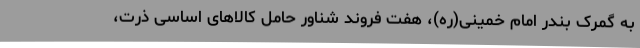
به گمرک بندر امام خمینی(ره)، هفت فروند شناور حامل کالاهای اساسی ذرت،